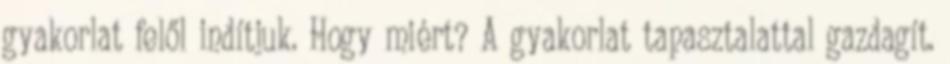
gyakorlat felől indítjuk. Hogy miért? A gyakorlat tapasztalattal gazdagít.